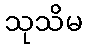
သုသိမ